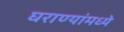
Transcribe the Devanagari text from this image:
घराण्यांमध्ये